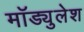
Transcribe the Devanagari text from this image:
मॉड्युलेश